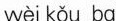
wèi kǒu ba